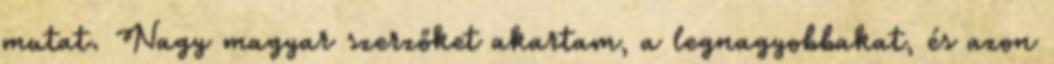
mutat. Nagy magyar szerzőket akartam, a legnagyobbakat, és azon